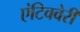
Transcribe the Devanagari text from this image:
एंटिववेरी